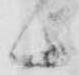
候